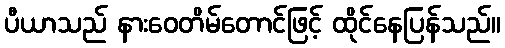
ပီယာသည် နားဝေတိမ်တောင်ဖြင့် ထိုင်နေပြန်သည်။